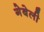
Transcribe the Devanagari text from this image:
गेबेली